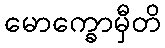
မောက္ခောမှီတိ